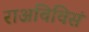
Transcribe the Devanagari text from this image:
राअविविसं